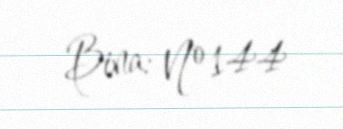
Bina: № 144